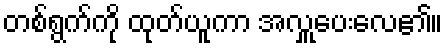
တစ်ရွက်ကို ထုတ်ယူကာ အလှူပေးလေ၏။